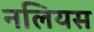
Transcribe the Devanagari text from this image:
नलियस